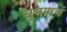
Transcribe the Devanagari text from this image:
सुभाषचं